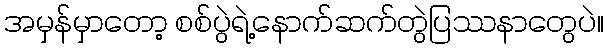
အမှန်မှာတော့ စစ်ပွဲရဲ့နောက်ဆက်တွဲပြဿနာတွေပဲ။